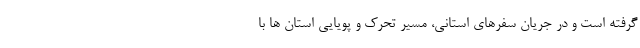
گرفته است و در جریان سفرهای استانی، مسیر تحرک و پویایی استان ها با